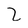
Character: Z